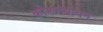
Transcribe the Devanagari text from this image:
कोशल्यायन